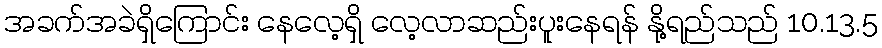
အခက်အခဲရှိကြောင်း နေလေ့ရှိ လေ့လာဆည်းပူးနေရန် နို့ရည်သည် 10.13.5